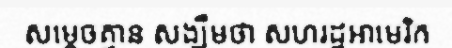
សម្តេចគ្មាន សង្ឃឹមថា សហរដ្ឋអាមេរិក